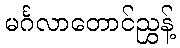
မင်္ဂလာတောင်ညွှန့်